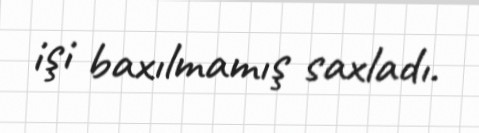
işi baxılmamış saxladı.